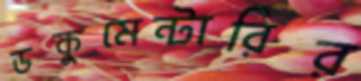
ডকুমেন্টারির